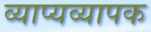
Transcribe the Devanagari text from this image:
व्याप्यव्यापक